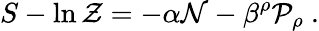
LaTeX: S-\ln{\cal Z}=-\alpha{\cal N}-\beta^{\rho}{\cal P}_{\rho}\ .